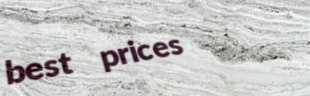
best prices